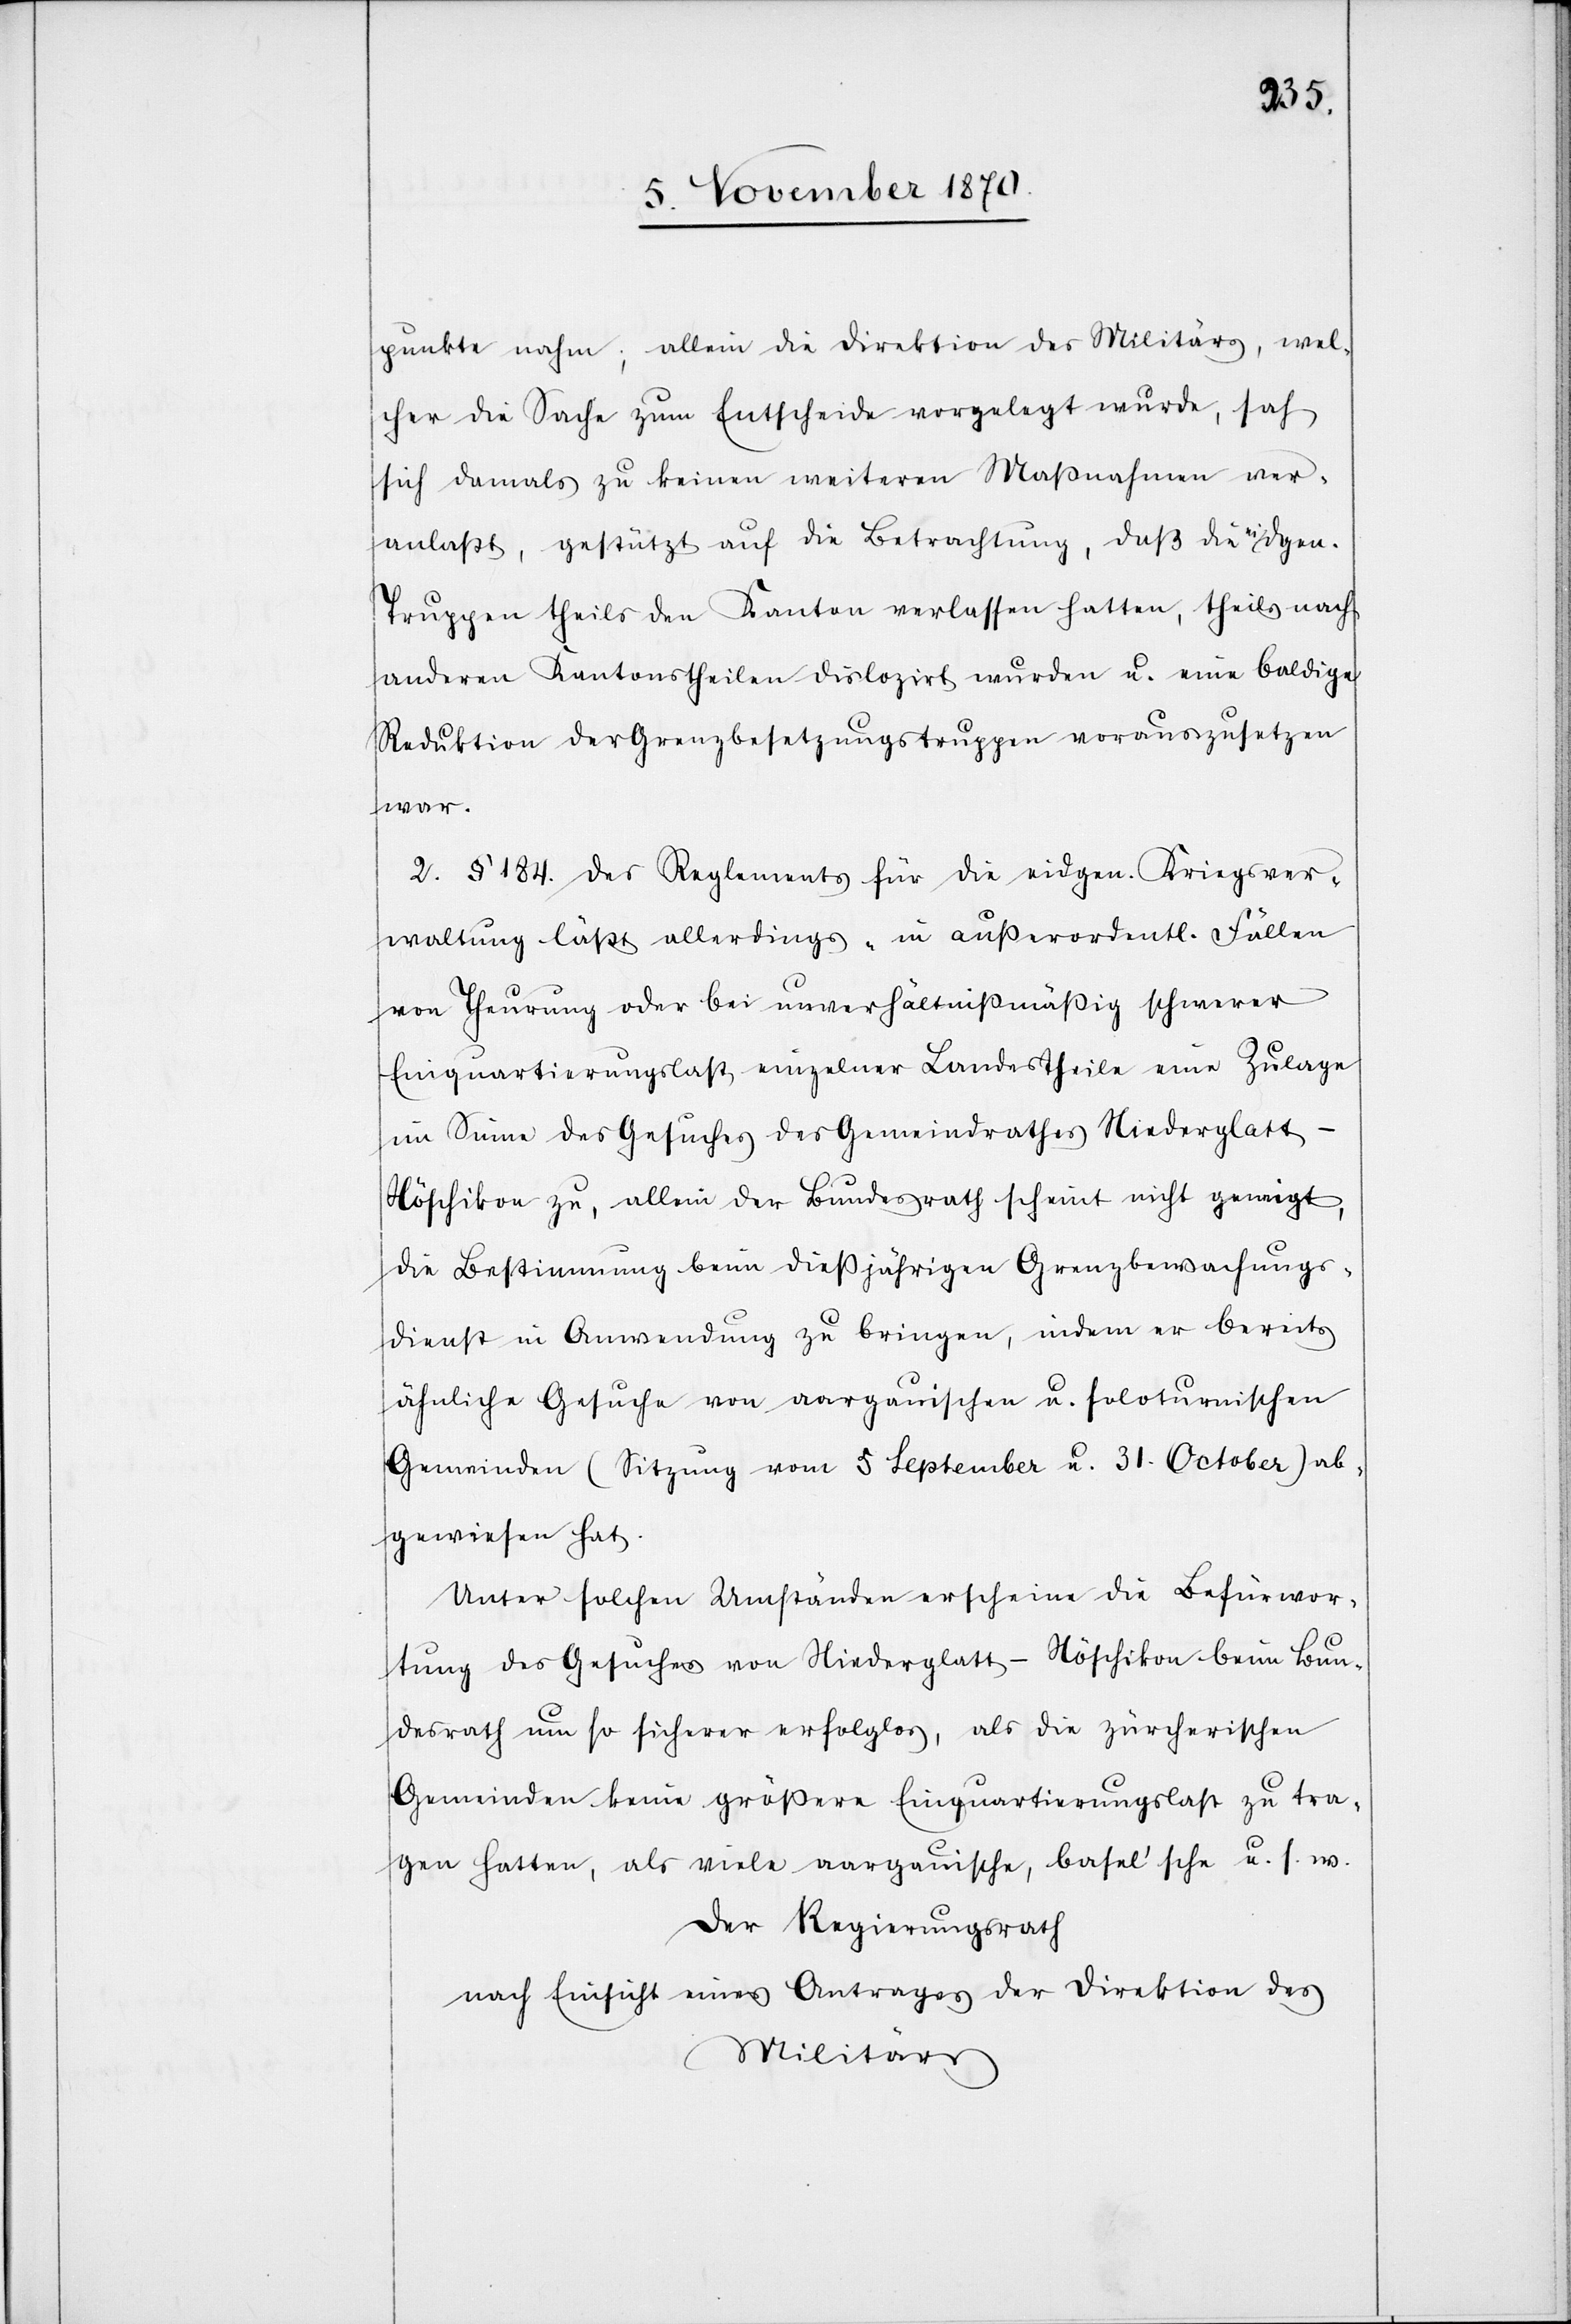
punkte nahm; allein die Direktion des Militärs, wel¬
cher die Sache zum Entscheide vorgelegt wurde, sah
sich damals zu keinen weiteren Maßnahmen ver¬
anlaßt, gestützt auf die Betrachtung, daß die eidgen.
Truppen theils den Kanton verlassen hatten, theils nach
anderen Kantonstheilen dislozirt wurden u. eine baldige
Reduktion der Grenzbesetzungstruppen vorauszusetzen
war.
2. § 184. des Reglements für die eidgen. Kriegsver¬
waltung läßt allerdings „in außerordentl. Fällen
von Theurung oder bei unverhältnißmäßig schwerer
Einquartierungslast einzelner Landestheile eine Zulage
im Sinne des Gesuches des Gemeindrathes Niederglatt
Nöschikon zu, allein der Bundesrath scheint nicht geneigt,
die Bestimmung beim dießjährigen Grenzbewachungs¬
dienst in Anwendung zu bringen, indem er bereits
ähnliche Gesuche von aargauischen u. soloturnischen
Gemeinden (Sitzung vom 5 September u. 31. October) ab¬
gewiesen hat.
Unter solchen Umständen erscheine die Befürwor¬
tung des Gesuches von Niederglatt - Nöschikon beim Bun¬
desrath um so sicherer erfolglos, als die zürcherischen
Gemeinden keine größere Einquartierungslast zu tra¬
gen hatten, als viele aargauische, basel’sche u. s. w.
Der Regierungsrath
nach Einsicht eines Antrages der Direktion des
Militärs